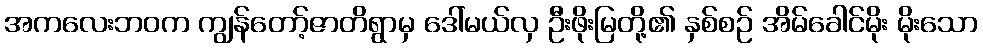
အကလေးဘဝက ကျွန်တော့်ဇာတိရွာမှ ဒေါ်မယ်လှ ဦးဖိုးမြတို့၏ နှစ်စဉ် အိမ်ခေါင်မိုး မိုးသော